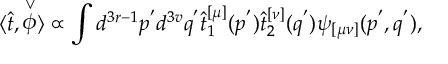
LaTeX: \langle \hat { t } , \stackrel { \vee } { \phi } \rangle \propto \int d ^ { 3 r - 1 } p ^ { ' } d ^ { 3 v } q ^ { ' } \hat { t } _ { 1 } ^ { [ \mu ] } ( p ^ { ' } ) \hat { t } _ { 2 } ^ { [ \nu ] } ( q ^ { ' } ) \psi _ { [ \mu \nu ] } ( p ^ { ' } , q ^ { ' } ) ,